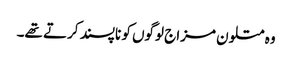
وہ متلون مزاج لوگوں کو ناپسند کرتے تھے۔